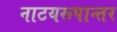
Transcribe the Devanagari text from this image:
नाटयरूपान्तर